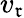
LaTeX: v_{\mathfrak{r}}